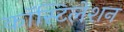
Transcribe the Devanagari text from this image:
कॉस्टिलेशन